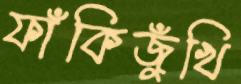
ফাঁকিজুঁখি